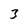
Character: 3